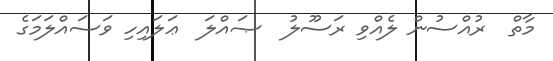
މާތް  ރުއްސުން ލެއްވި ރަސޫލު  ޞައްލަ  ޢަލައިހި ވަސައްލަމަގެ